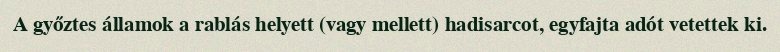
A győztes államok a rablás helyett (vagy mellett) hadisarcot, egyfajta adót vetettek ki.